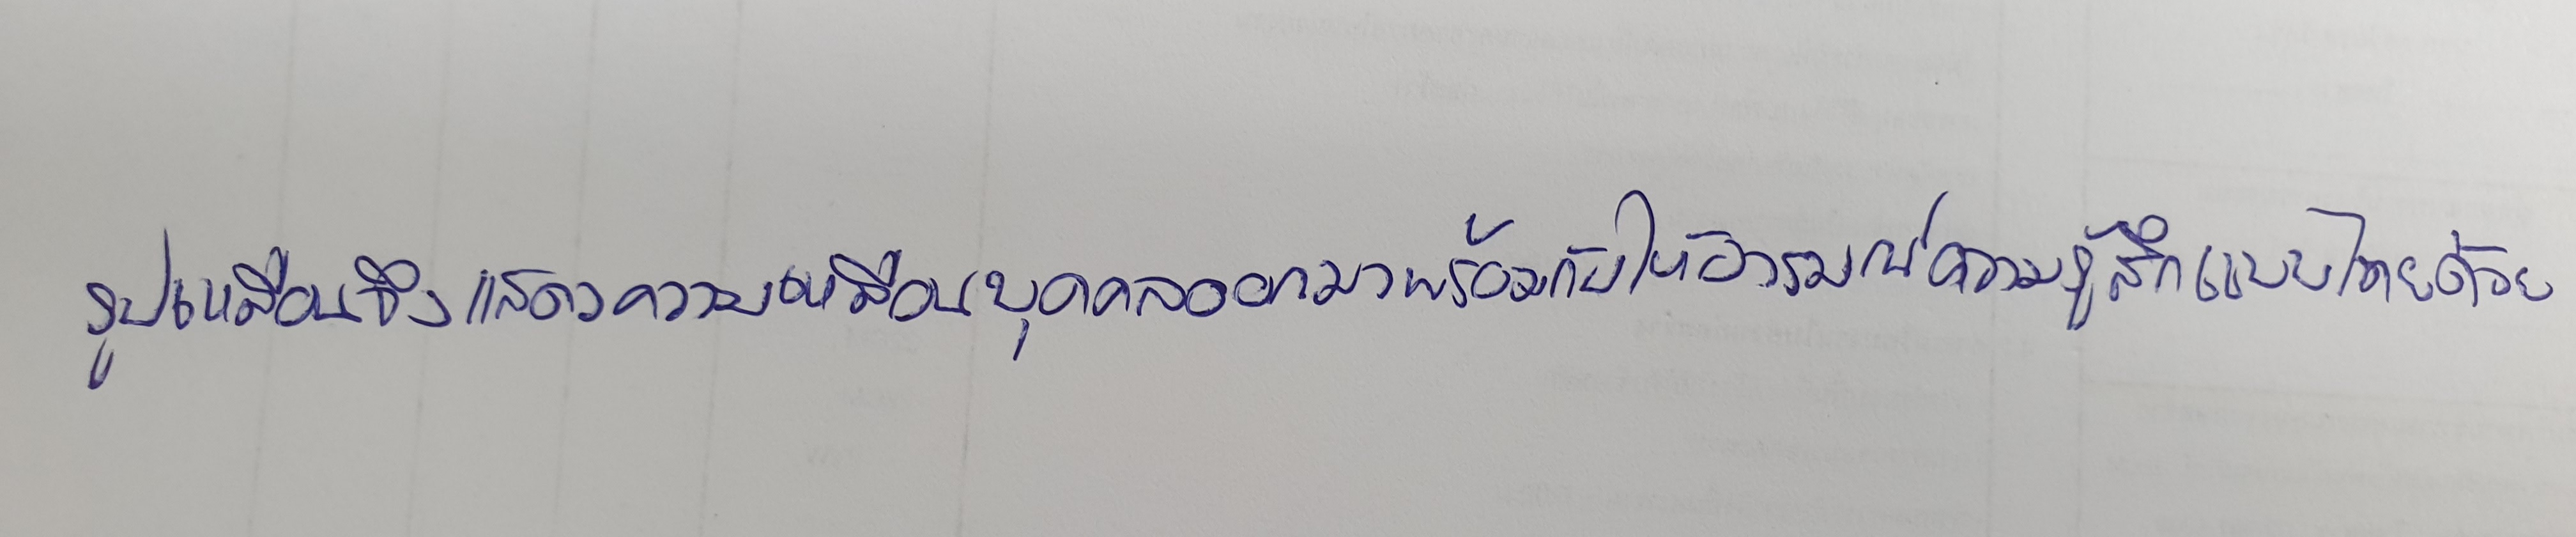
รูปเหมือนจึงแสดงความเหมือนบุคคลออกมาพร้อมกับให้อารมณ์ความรู้สึกแบบไทยด้วย